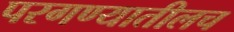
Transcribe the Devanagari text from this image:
परगण्यातीलच